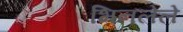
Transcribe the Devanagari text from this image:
भिनलेले